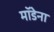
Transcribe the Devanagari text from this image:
मॉडेना